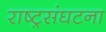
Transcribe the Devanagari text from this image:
राष्ट्रसंघटना